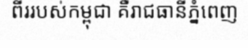
ពីររបស់កម្ពុជា គឺរាជធានីភ្នំពេញ